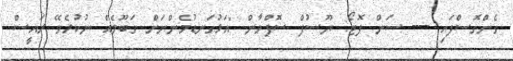
ގެންގޮސްފައި ---- ސަން ފޮޓޯ: ޔޫސުފް ސޮފްވާން "އަޅުގަނޑުމެންނަށް ގަބޫލެއް ނުކުރެވޭ ރައީސް